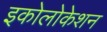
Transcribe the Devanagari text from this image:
इकोलोकेशन